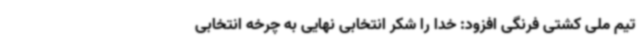
تیم ملی کشتی فرنگی افزود: خدا را شکر انتخابی نهایی به چرخه انتخابی